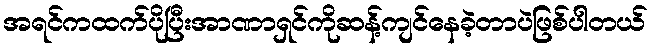
အရင်ကထက်ပိုပြီးအာဏာရှင်ကိုဆန့်ကျင်နေခဲ့တာပဲဖြစ်ပါတယ်